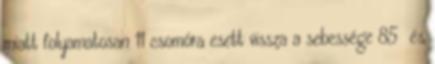
miatt folyamatosan 11 csomóra esett vissza a sebessége 85 és